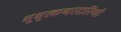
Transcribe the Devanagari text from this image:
भूभृत्कन्दरदारिणी